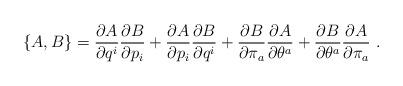
LaTeX: \begin{align*}\left\{A,B\right\} = \frac{\partial A}{\partial q^{i}}\frac{\partial B}{\partial p_{i}} + \frac{\partial A}{\partial p_{i}}\frac{\partial B}{\partial q^{i}}+ \frac{\partial B}{\partial \pi_{a}}\frac{\partial A}{\partial\theta^{a}}+ \frac{\partial B}{\partial \theta^{a}}\frac{\partial A}{\partial\pi_{a}}\ .\end{align*}